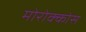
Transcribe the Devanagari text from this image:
मोरोक्कोस